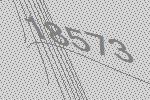
18573